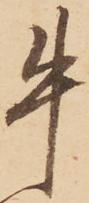
牛